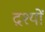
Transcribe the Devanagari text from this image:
द्रश्‍यों